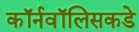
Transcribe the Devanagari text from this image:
कॉर्नवॉलिसकडे